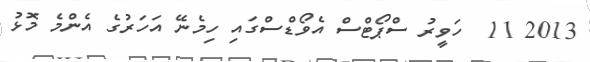
2013 11  ހަވީރު ސްޕޯޓްސް އެވޯޑްސްގައި ހިމެނޭ އަހަރުގެ އެންމެ މޮޅު